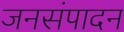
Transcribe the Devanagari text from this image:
जनसंपादन